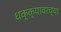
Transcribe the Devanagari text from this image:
धक्क्यावरच्या